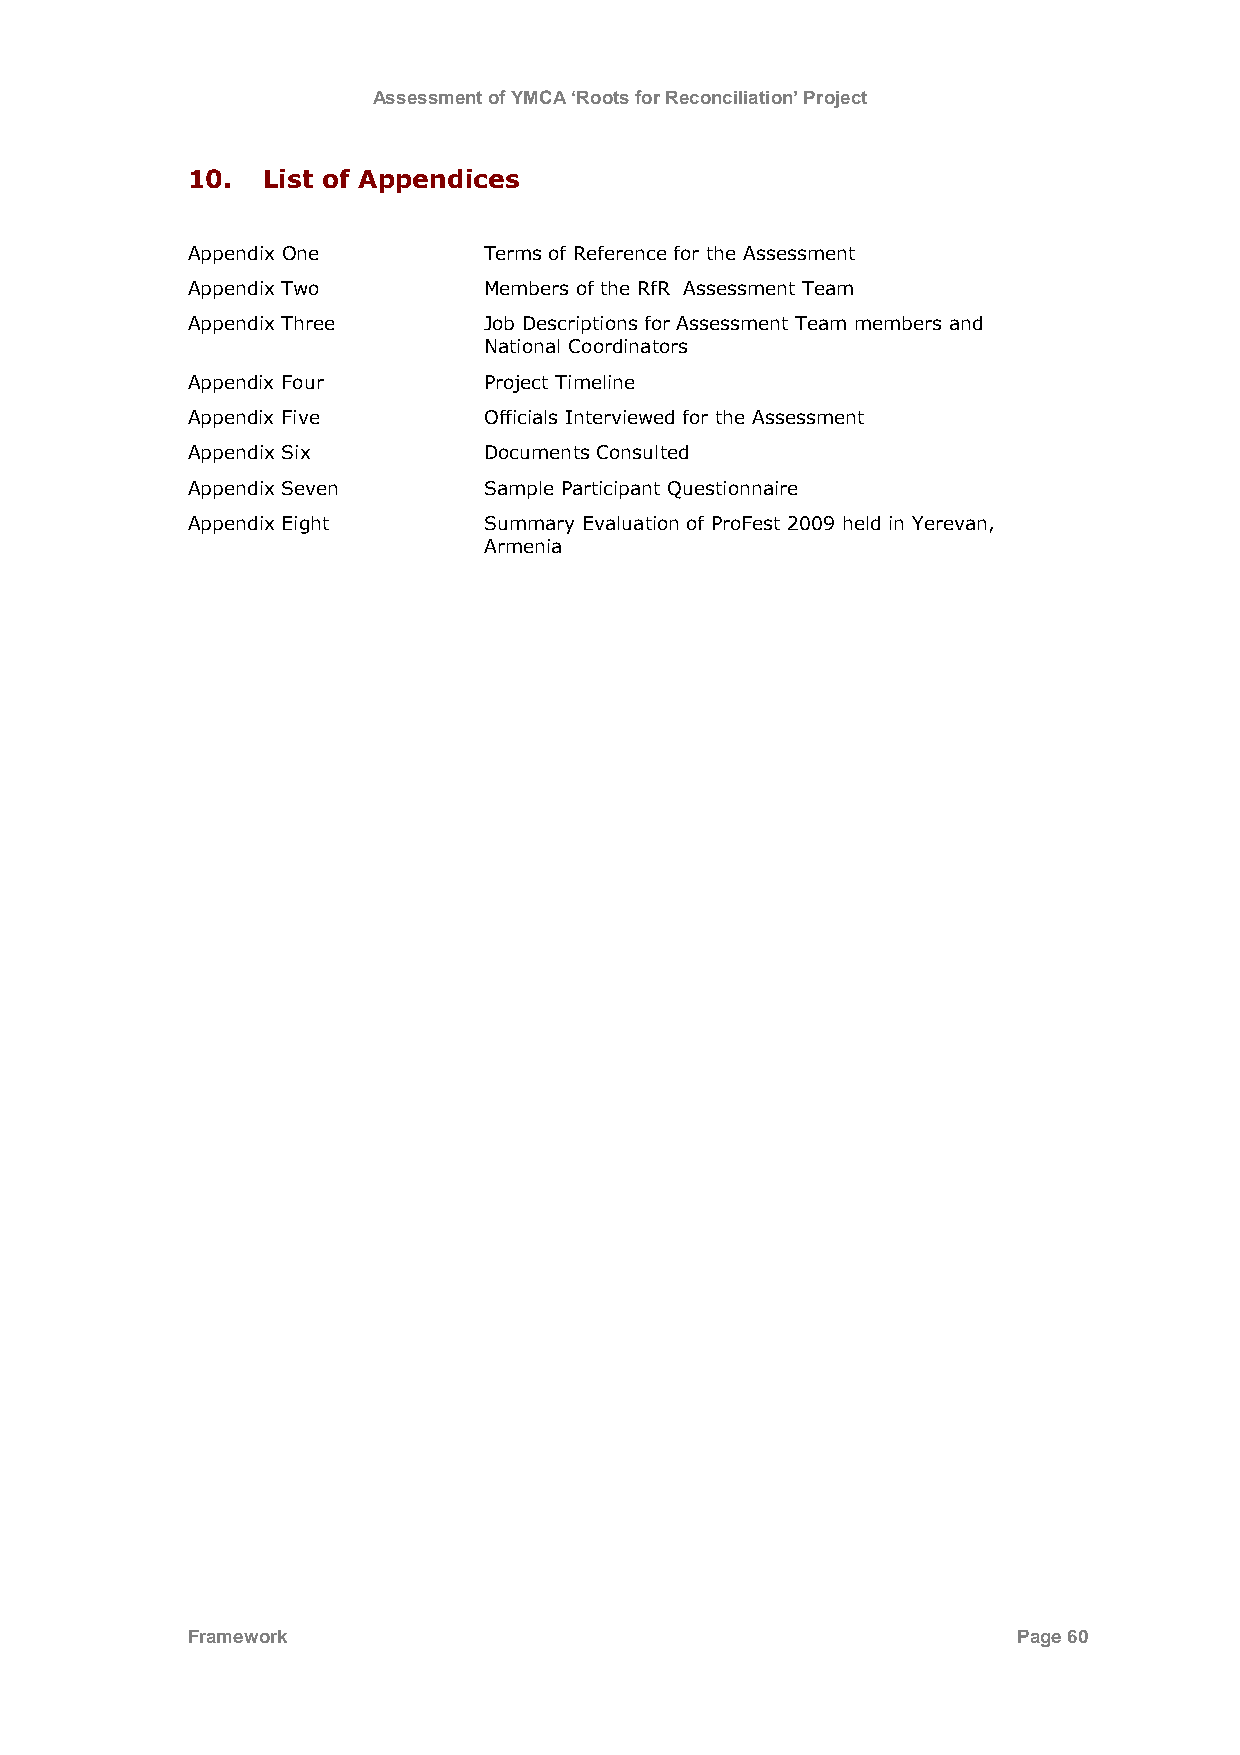
Assessment of YMCA ‘Roots for Reconciliation’ Project
 10.  List of Appendices
 Appendix One        Terms of Reference for the Assessment
 Appendix Two        Members of the RfR Assessment Team
 Appendix Three      Job Descriptions for Assessment Team members and
 National Coordinators
 Appendix Four       Project Timeline
 Appendix Five       Officials Interviewed for the Assessment
 Appendix Six        Documents Consulted
 Appendix Seven      Sample Participant Questionnaire
 Appendix Eight      Summary Evaluation of ProFest 2009 held in Yerevan,
 Armenia
 Framework                                              Page 60